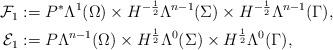
LaTeX: \begin{align*}\begin{aligned}\mathcal{F}_{1}&:=P^{\ast}\Lambda^{1}(\Omega)\times H^{-\frac{1}{2}}\Lambda^{n-1}(\Sigma)\times H^{-\frac{1}{2}}\Lambda^{n-1}(\Gamma),\\\mathcal{E}_{1}&:=P\Lambda^{n-1}(\Omega)\times H^{\frac{1}{2}}\Lambda^{0}(\Sigma)\times H^{\frac{1}{2}}\Lambda^{0}(\Gamma),\end{aligned}\end{align*}